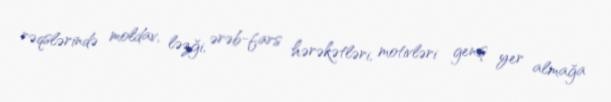
rəqslərində moldav, ləzği, ərəb-fars hərəkətləri, motivləri geniş yer almağa